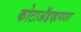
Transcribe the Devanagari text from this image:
कोटाॲडव्हायजर